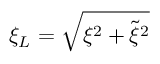
\xi _ { L } = \sqrt { \xi ^ { 2 } + \tilde { \xi } ^ { 2 } }